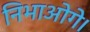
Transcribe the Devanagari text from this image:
निभाओगे।